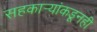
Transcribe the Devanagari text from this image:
सहकार्‍यांकडूनही